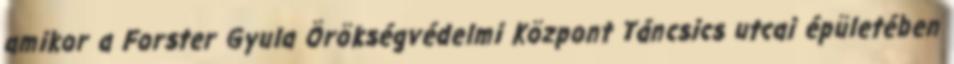
amikor a Forster Gyula Örökségvédelmi Központ Táncsics utcai épületében